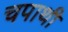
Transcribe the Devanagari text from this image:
चपाथी